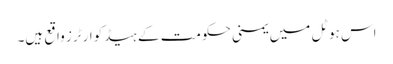
اس ہوٹل میں یمنی حکومت کے ہیڈکوارٹرز واقع ہیں۔